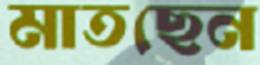
মাতছেন